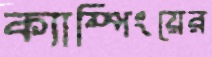
ক্যাম্পিংয়ের